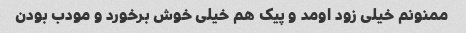
ممنونم خیلی زود اومد و پیک هم خیلی خوش برخورد و مودب بودن